Report on the treatment of epidemic cholera: from information collected by the governments of Bengal, Madras, Bombay, N.W. Provinces, Punjab, Oudh, and Central India, by order of the Government of India
Disease focus: Cholera
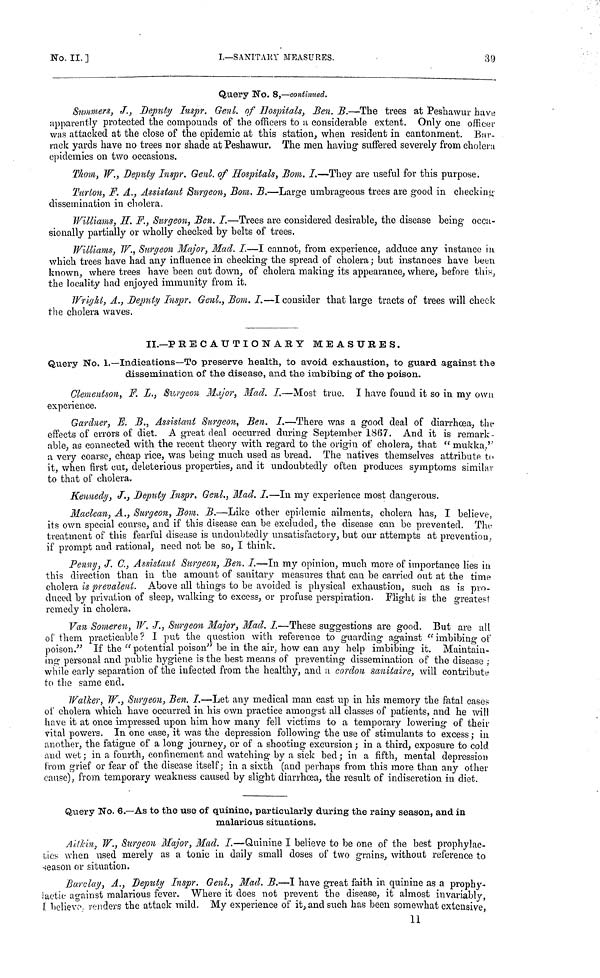
No.
II.]
I.—SANITARY
MEASURES.
39
Query No. 8,—continued.
Summers, J., Deputy Inspr. Genl. of Hospitals, Ben. B.—The trees at Peshawur have
apparently protected the compounds of the officers to a considerable extent. Only one officer
was attacked at the close of the epidemic at this station, when resident in cantonment. Bar-
rack yards have no trees nor shade at Peshawur. The men having suffered severely from cholera
epidemics on two occasions.
Thom, W., Deputy Inspr. Genl. of Hospitals, Bom. I.—They are useful for this purpose.
Turton, F. A., Assistant Surgeon, Bom. B.—Large umbrageous trees are good in checking
dissemination in cholera.
Williams, H. F., Surgeon, Ben. I.—Trees are considered desirable, the disease being occa-
sionally partially or wholly checked by belts of trees.
Williams, W., Surgeon Major, Mad. I.—I cannot, from experience, adduce any instance in
which trees have had any influence in checking the spread of cholera; but instances have been
known, where trees have been cut down, of cholera making its appearance, where, before this,
the locality had enjoyed immunity from it.
Wright, A., Deputy Inspr. Genl., Bom. I.—I consider that large tracts of trees will check
the cholera waves.
II.—PRECAUTIONARY MEASURES.
Query No. 1.—Indications—To preserve health, to avoid exhaustion, to guard against the
dissemination of the disease, and the imbibing of the poison.
Clementson, F. L., Surgeon Major, Mad. I.—Most true. I have found it so in my own
experience.
Gardner, E. B., Assistant Surgeon, Ben. I.—There was a good deal of diarrhœa, the
effects of errors of diet. A great deal occurred during September 1867. And it is remark-
able, as connected with the recent theory with regard to the origin of cholera, that "mukka,"
a very coarse, cheap rice, was being much used as bread. The natives themselves attribute to
it, when first cut, deleterious properties, and it undoubtedly often produces symptoms similar
to that of cholera.
Kennedy, J., Deputy Inspr. Genl., Mad. I.—In my experience most dangerous.
Maclean, A., Surgeon, Bom. B.—Like other epidemic ailments, cholera has, I believe,
its own special course, and if this disease can be excluded, the disease can be prevented. The-
treatment of this fearful disease is undoubtedly unsatisfactory, but our attempts at prevention,
if prompt and rational, need not be so, I think.
Penny, J. C., Assistant Surgeon, Ben. I.—In my opinion, much more of importance lies in
this direction than in the amount of sanitary measures that can be carried out at the time
cholera is prevalent. Above all things to be avoided is physical exhaustion, such as is pro-
duced by privation of sleep, walking to excess, or profuse perspiration. Flight is the greatest
remedy in cholera.
Van Someren, W. J., Surgeon Major, Mad. I.—These suggestions are good. But are all
οf them practicable? I put the question with reference to guarding against "imbibing of
poison." If the "potential poison" be in the air, how can any help imbibing it. Maintain-
ing personal and public hygiene is the best means of preventing dissemination of the disease :
while early separation of the infected from the healthy, and a cordon sanitaire, will contribute
to the same end.
Walker, W., Surgeon, Ben. I.—Let any medical man cast up in his memory the fatal cases
of cholera which have occurred in his own practice amongst all classes of patients, and he will
have it at once impressed upon him how many fell victims to a temporary lowering of their
vital powers. In one case, it was the depression following the use of stimulants to excess; in
another, the fatigue of a long journey, or of a shooting excursion ; in a third, exposure to cold
and wet ; in a fourth, confinement and watching by a sick bed ; in a fifth, mental depression
from grief or fear of the disease itself; in a sixth (and perhaps from this more than any other
cause), from temporary weakness caused by slight diarrhœa, the result of indiscretion in diet.
Query No. 6.—As to the use of quinine, particularly during the rainy season, and in
malarious situations.
Ailkin, W., Surgeon Major, Mad. I.—Quinine I believe to be one of the best prophylac-
tics when used merely as a tonic in daily small doses of two grains, without reference to
season or situation.
Barclay, A., Deputy Inspr. Genl., Mad. B.—I have great faith in quinine as a prophy-
lactic against malarious fever. Where it does not prevent the disease, it almost invariably,
believe., renders the attack mild. My experience of it, and such has been somewhat extensive,
11